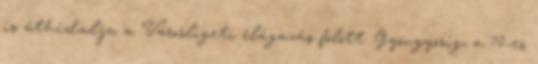
is áthidalja a Városligeti elágazás fölött. Gyöngyösig, a 70-es